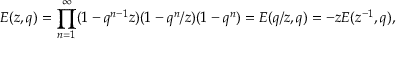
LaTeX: E ( z , q ) = \prod _ { n = 1 } ^ { \infty } ( 1 - q ^ { n - 1 } z ) ( 1 - q ^ { n } / z ) ( 1 - q ^ { n } ) = E ( q / z , q ) = - z E ( z ^ { - 1 } , q ) ,